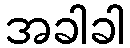
အခါခါ